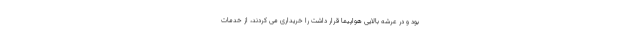
بود و در عرشه بالایی هواپیما قرار داشت را خریداری می کردند، از خدمات